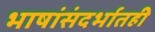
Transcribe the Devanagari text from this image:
भाषांसंदर्भातही